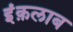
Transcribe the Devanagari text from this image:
इंक़लाब